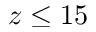
z \leq 1 5